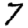
Digit: 7